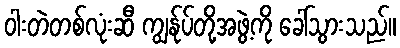
ဝါးတဲတစ်လုံးဆီ ကျွန်ုပ်တို့အဖွဲ့ကို ခေါ်သွားသည်။